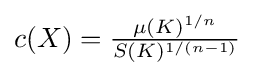
{\textstyle c(X)={\frac {\mu (K)^{1/n}}{S(K)^{1/(n-1)}}}}